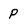
Character: P